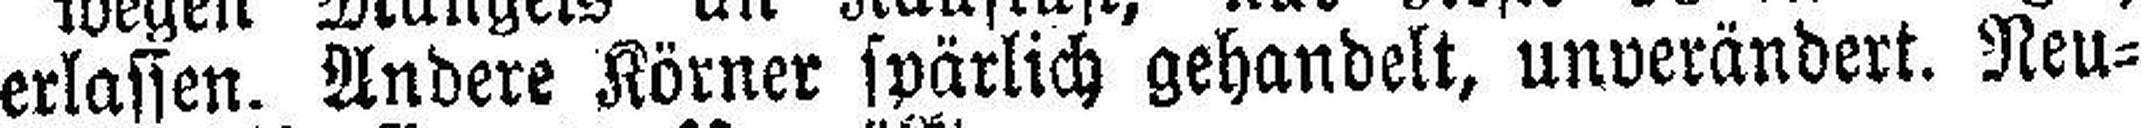
schlank erlassen. Andere Körner spärlich gehandelt, unverändert. Neu¬